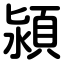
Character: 潁